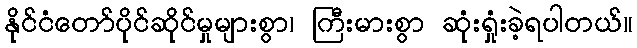
နိုင်ငံတော်ပိုင်ဆိုင်မှုများစွာ၊ ကြီးမားစွာ ဆုံးရှုံးခဲ့ရပါတယ်။